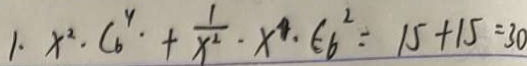
1 . x ^ { 2 } \cdot C _ { 6 } ^ { 4 } \cdot + \frac { 1 } { x ^ { 2 } } \cdot x ^ { 4 } \cdot E _ { 6 } ^ { 2 } = 1 5 + 1 5 = 3 0